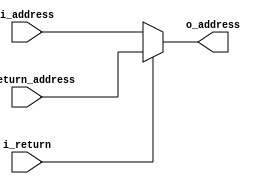
`timescale 1ns / 1ps
//////////////////////////////////////////////////////////////////////////////////
// Company: 
// Engineer: 
// 
// Design Name: 
// Module Name: MUX_DATAREG
// Project Name: 
// Target Devices: 
// Tool Versions: 
// Description: 
// 
// Dependencies: 
// 
// Revision:
// Revision 0.01 - File Created
// Additional Comments:
// 
//////////////////////////////////////////////////////////////////////////////////


module MUX_DATAREG
    #(
        parameter DATA_WIDTH = 32
    )
    (
        input [DATA_WIDTH - 1 : 0]  i_address,
        input [DATA_WIDTH - 1 :0]   i_return_address,
        input                       i_return,
        output [DATA_WIDTH - 1 : 0] o_address
    );

    assign o_address = i_return ? i_return_address : i_address;
    
endmodule